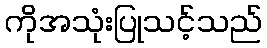
ကိုအသုံးပြုသင့်သည်